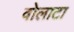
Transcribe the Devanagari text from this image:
वोलाटा